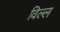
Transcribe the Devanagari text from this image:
विल्ल